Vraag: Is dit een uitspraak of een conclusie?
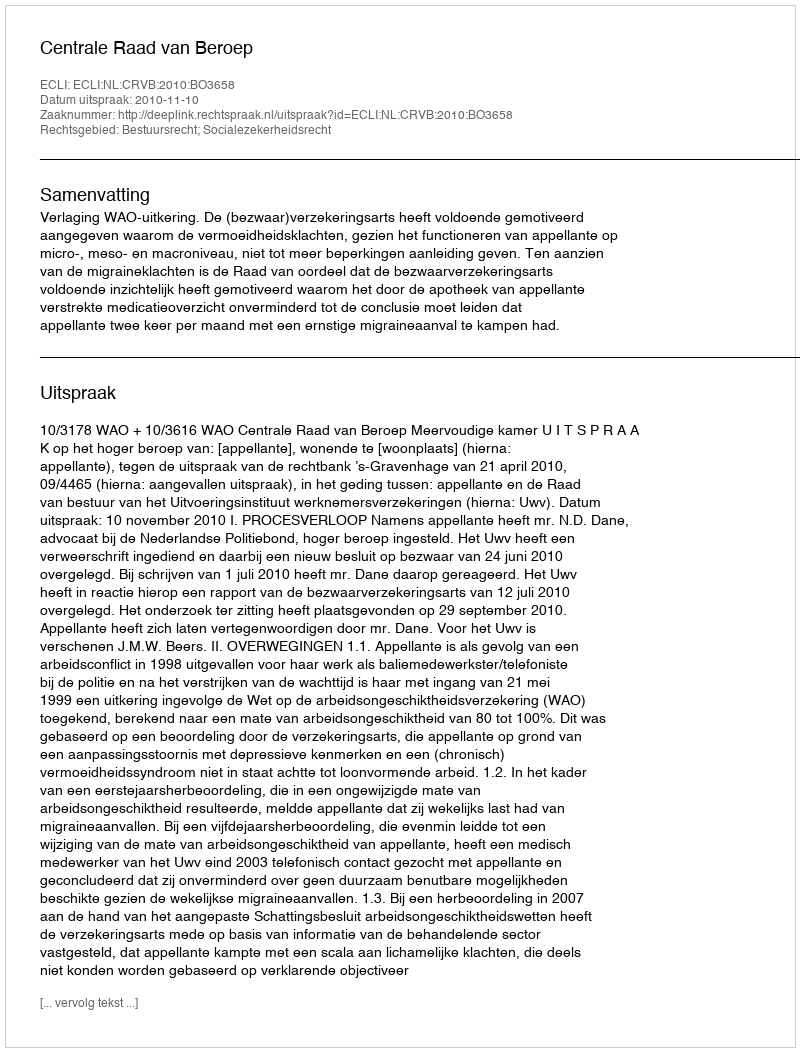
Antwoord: Uitspraak